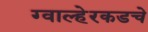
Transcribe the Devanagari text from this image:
ग्वाल्हेरकडचे